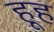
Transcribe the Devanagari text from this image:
हूह